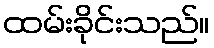
ထမ်းခိုင်းသည်။